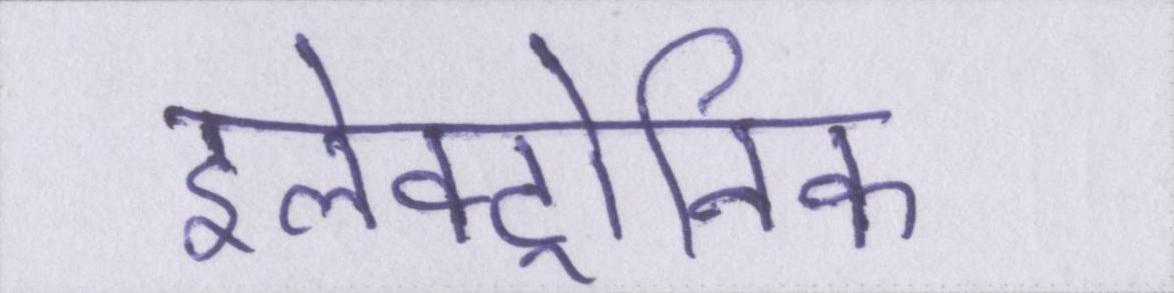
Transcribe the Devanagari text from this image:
इलेक्ट्रोनिक